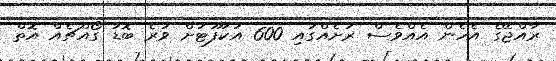
ރާއްޖޭގެ އެހެން އެއްވެސް ރަށެއްގައި 600 އަކަފޫޓަށް ވުރެ ބޮޑު ގޯއްޗެއް އޮތް